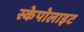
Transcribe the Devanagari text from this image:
स्केपोलाइट